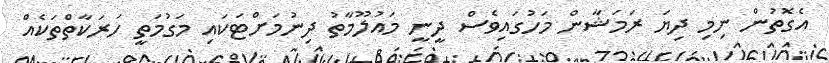
އެގޮތުން ނިމި ދިޔަ ރަމަޝާން މަހުގައިވެސް ދީނީ މައުލޫމާތު ދިނުމަށްޓަކައި މަގުމަތީ ހަރަކާތްތަކެއް